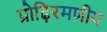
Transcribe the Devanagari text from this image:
प्रोढ़िरमणीय